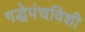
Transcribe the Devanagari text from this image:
गद्धेपंचविशी